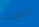
مضيت